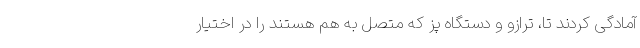
آمادگی کردند تا، ترازو و دستگاه پز که متصل به هم هستند را در اختیار